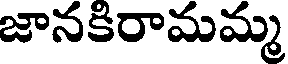
జానకిరామమ్మ